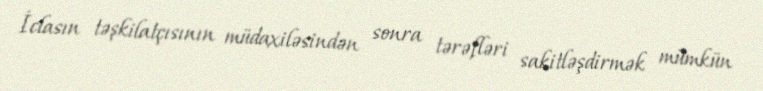
İclasın təşkilatçısının müdaxiləsindən sonra tərəfləri sakitləşdirmək mümkün